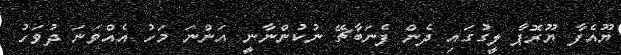
ޔޫއެފާ ޔޫރޮޕާ ލީގުގައި ދެން ފެނަބާޗޭ ނުކުންނާނީ އަންނަ މަހު އެއްވަނަ ދުވަހު